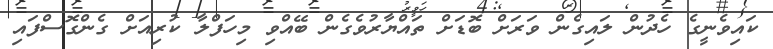
ކައިވެނީގެ ހެދުން ލައިގެން ވަރަށް ބޮޑަށް ތައްޔާރުވެގެން ބޭއްވި މިހަފްލާ ކުރިއަށް ގެންގޮސްފައި